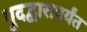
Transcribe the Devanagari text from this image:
गुदद्वारापर्यंत